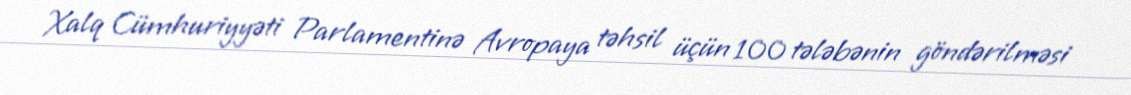
Xalq Cümhuriyyəti Parlamentinə Avropaya təhsil üçün 100 tələbənin göndərilməsi